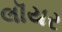
લૉયર